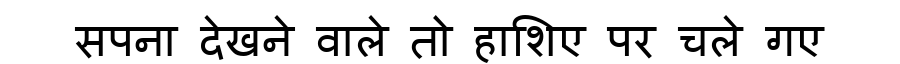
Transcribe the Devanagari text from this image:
सपना देखने वाले तो हाशिए पर चले गए